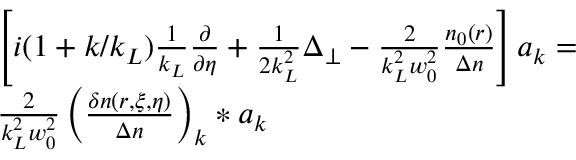
\begin{array} { r l } & { \left[ i ( 1 + k / k _ { L } ) \frac { 1 } { k _ { L } } \frac { \partial } { \partial \eta } + \frac { 1 } { 2 k _ { L } ^ { 2 } } \Delta _ { \perp } - \frac { 2 } { k _ { L } ^ { 2 } w _ { 0 } ^ { 2 } } \frac { n _ { 0 } ( r ) } { \Delta n } \right] a _ { k } = } \\ & { \frac { 2 } { k _ { L } ^ { 2 } w _ { 0 } ^ { 2 } } \left( \frac { \delta n ( r , \xi , \eta ) } { \Delta n } \right) _ { k } \ast a _ { k } } \end{array}